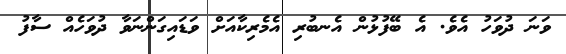
ވަނަ ދުވަހު އެވެ. އެ ބޭފުޅުން އެނބުރި އެމެރިކާއަށް ވަޑައިގަންނަވާ ދުވަހެއް ސާފު